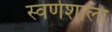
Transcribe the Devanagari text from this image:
स्वर्णशाला